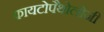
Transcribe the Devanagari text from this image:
फायटोपैथोलोजी